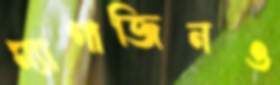
ম্যাগাজিনও